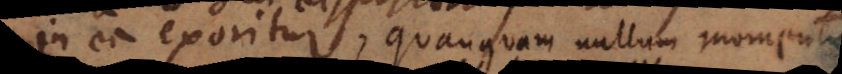
in ea exoritur, quanquam nullum momentum